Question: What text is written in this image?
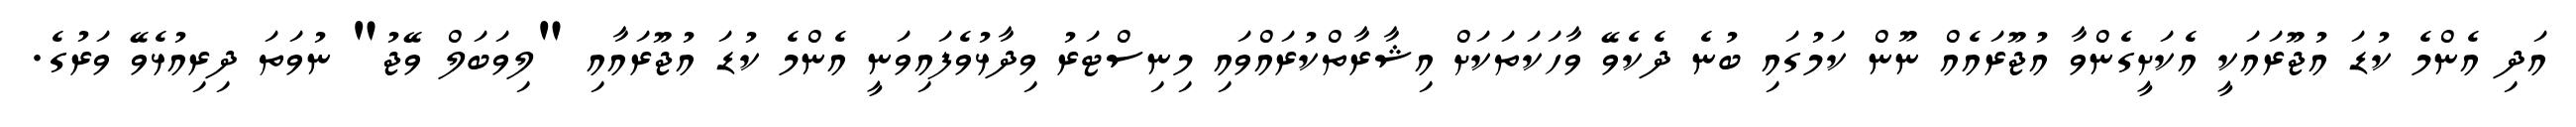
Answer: އަދި އެންމެ ކުޑަ އުޖޫރައަކީ އެކަށީގެންވާ އުޖޫރައެއް ނޫން ކަމުގައި ބުނެ ދެކެވޭ ވާހަކަތަކަށް އިޝާރާތްކުރައްވައި މިނިސްޓަރު ވިދާޅުވެފައިވަނީ އެންމެ ކުޑަ އުޖޫރައާއި "ލިވަބަލް ވޭޖު" ނުވަތަ ދިރިއުޅެވޭ ވަރުގެ.